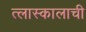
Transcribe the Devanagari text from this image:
त्लास्कालाची